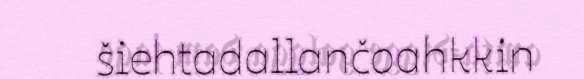
šiehtadallančoahkkin